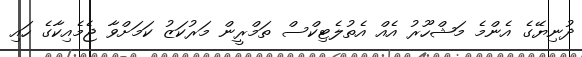
ދުނިޔޭގެ އެންމެ މަޝްހޫރު އެއް އެތުލެޓިކްސް ތަމްރީން މަރުކަޒު ކަމަށްވާ ޖެމެއިކާގެ ހައި